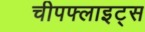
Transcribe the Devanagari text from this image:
चीपफ्लाइट्स